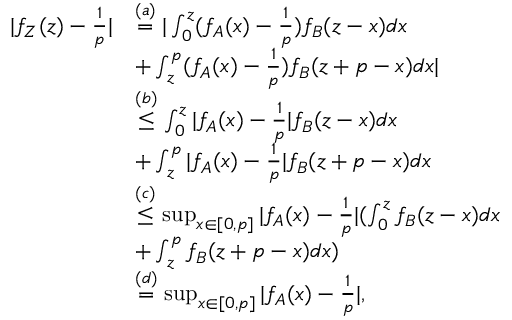
\begin{array} { r l } { | f _ { Z } ( z ) - \frac { 1 } { p } | } & { \overset { ( a ) } = | \int _ { 0 } ^ { z } ( f _ { A } ( x ) - \frac { 1 } { p } ) f _ { B } ( z - x ) d x } \\ & { + \int _ { z } ^ { p } ( f _ { A } ( x ) - \frac { 1 } { p } ) f _ { B } ( z + p - x ) d x | } \\ & { \overset { ( b ) } { \leq } \int _ { 0 } ^ { z } | f _ { A } ( x ) - \frac { 1 } { p } | f _ { B } ( z - x ) d x } \\ & { + \int _ { z } ^ { p } | f _ { A } ( x ) - \frac { 1 } { p } | f _ { B } ( z + p - x ) d x } \\ & { \overset { ( c ) } \leq \operatorname* { s u p } _ { x \in [ 0 , p ] } | f _ { A } ( x ) - \frac { 1 } { p } | ( \int _ { 0 } ^ { z } f _ { B } ( z - x ) d x } \\ & { + \int _ { z } ^ { p } f _ { B } ( z + p - x ) d x ) } \\ & { \overset { ( d ) } = \operatorname* { s u p } _ { x \in [ 0 , p ] } | f _ { A } ( x ) - \frac { 1 } { p } | , } \end{array}